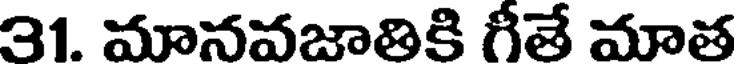
31. మానవజాతికి గీతే మాత